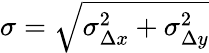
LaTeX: \sigma=\sqrt{\sigma_{\Delta x}^{2}+\sigma_{\Delta y}^{2}}